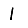
Digit: 1